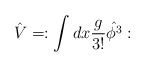
\begin{align*}\hat{V} = :\int dx \frac{g}{3!} \hat{\phi^3}:\end{align*}